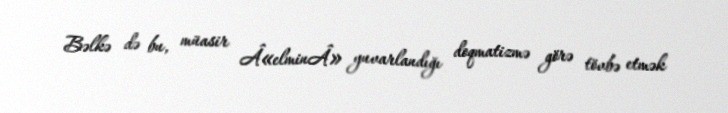
Bəlkə də bu, müasir Â«elminÂ» yuvarlandığı doqmatizmə görə tövbə etmək